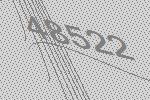
48522